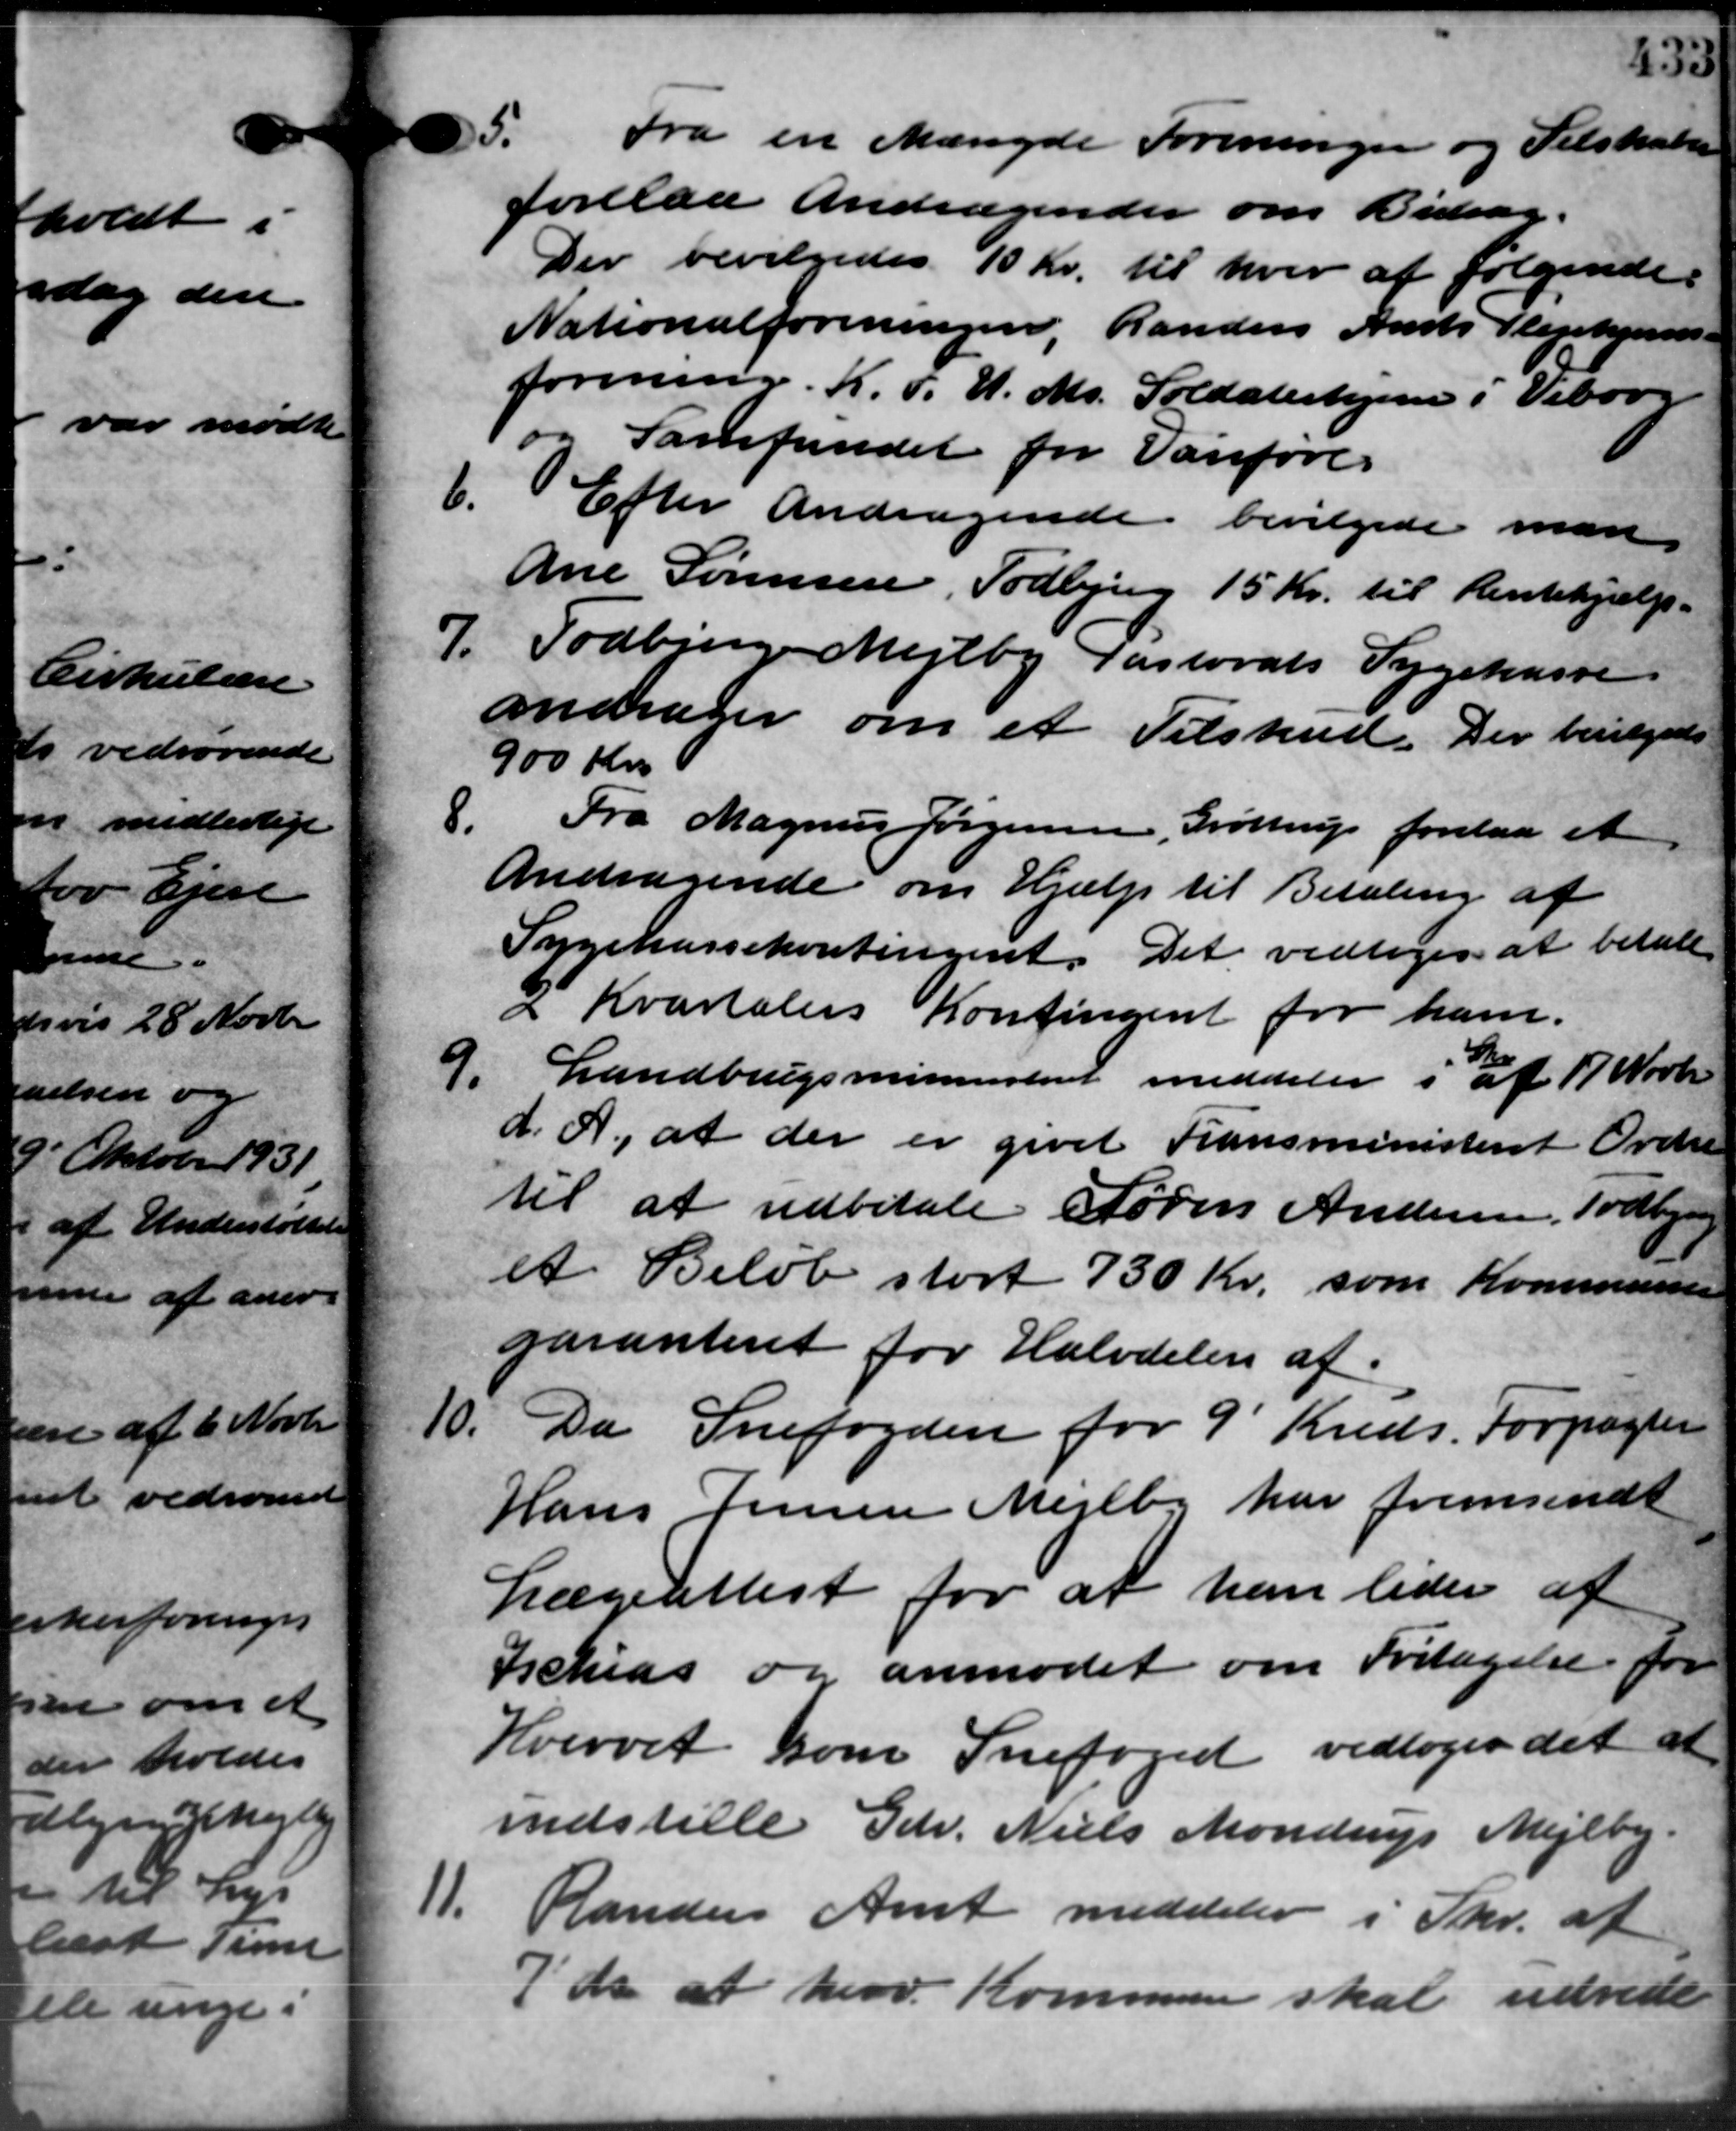
Transskription:
5. Fra en Mængde Foreninger og Selskabe
5. Fra en Mængde Foreninger og Selskabe
forelaa Andragender om Bidrag.
Der bevilgedes 10 Kr. til hver af følgende:
Nationalforeningen, Randers Amts Plejehjems –
forening. K. F. U. Ms. Soldaterhjem i Viborg
og Samfundet for Vanføres
6.
Efter Andragende bevilgede man
Ane Sørensen, Todbjerg 15 Kr. til Rentehjælp.
7. Todbjerg Mejlby Pastorats Sygekasse
7. Todbjerg Mejlby Pastorats Sygekasse
andrager om et Tilskud. Der bevilgedes
900 Kr
8.
Fra Magnus Jørgensen, Grøttrup forelaa et
Andragende om Hjælp til Betaling af
Sygekassekontingent. Det vedtoges at betale
I Kvartalers Kontingent for ham.
9. Landbrugsministeriet meddeler i af 17 Novbr.
9. Landbrugsministeriet meddeler i af 17 Novbr.
d. A., at der er givet Fransministeriet Overre
til at udbetale Søren Andersen, Todbjerg
et Beløb stort 730 Kr. som Kommunen
garanteret for Halvdelen af

Da Snefogden for 9 Kreds. Forpagter
Hans Jensen Mejlby har fremsendt
Lægeattest for at han lider af
Ischias og anmodet om Fritagelse for
Hvervet som Snefoged vedtoges det at
indstille Gdr. Niels Mondrup Mejlby
11. Randers Amt meddeler i Skr. af
11. Randers Amt meddeler i Skr. af
7´ ds at herv. Kommunen skal udrede